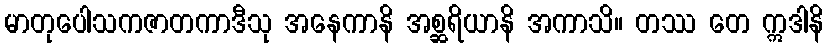
မာတုပေါသကဇာတကာဒီသု အနေကာနိ အစ္ဆရိယာနိ အကာသိ။ တဿ တေ ဣဒါနိ